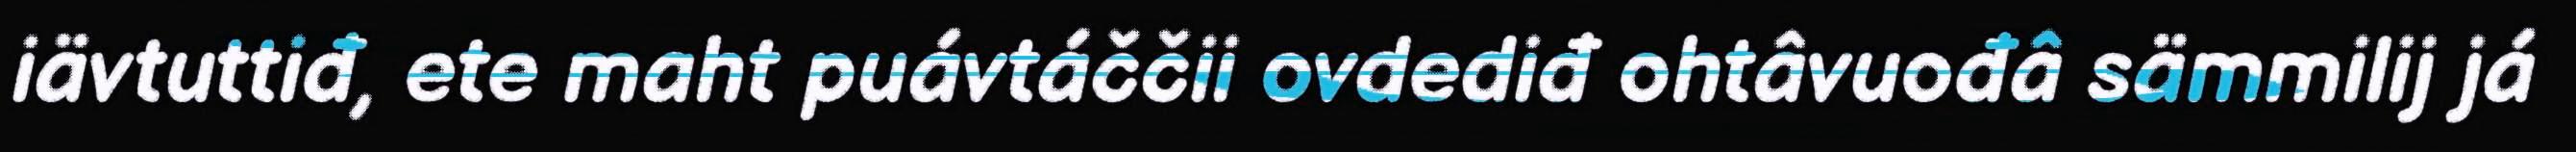
iävtuttiđ, ete maht puávtáččii ovdediđ ohtâvuođâ sämmilij já